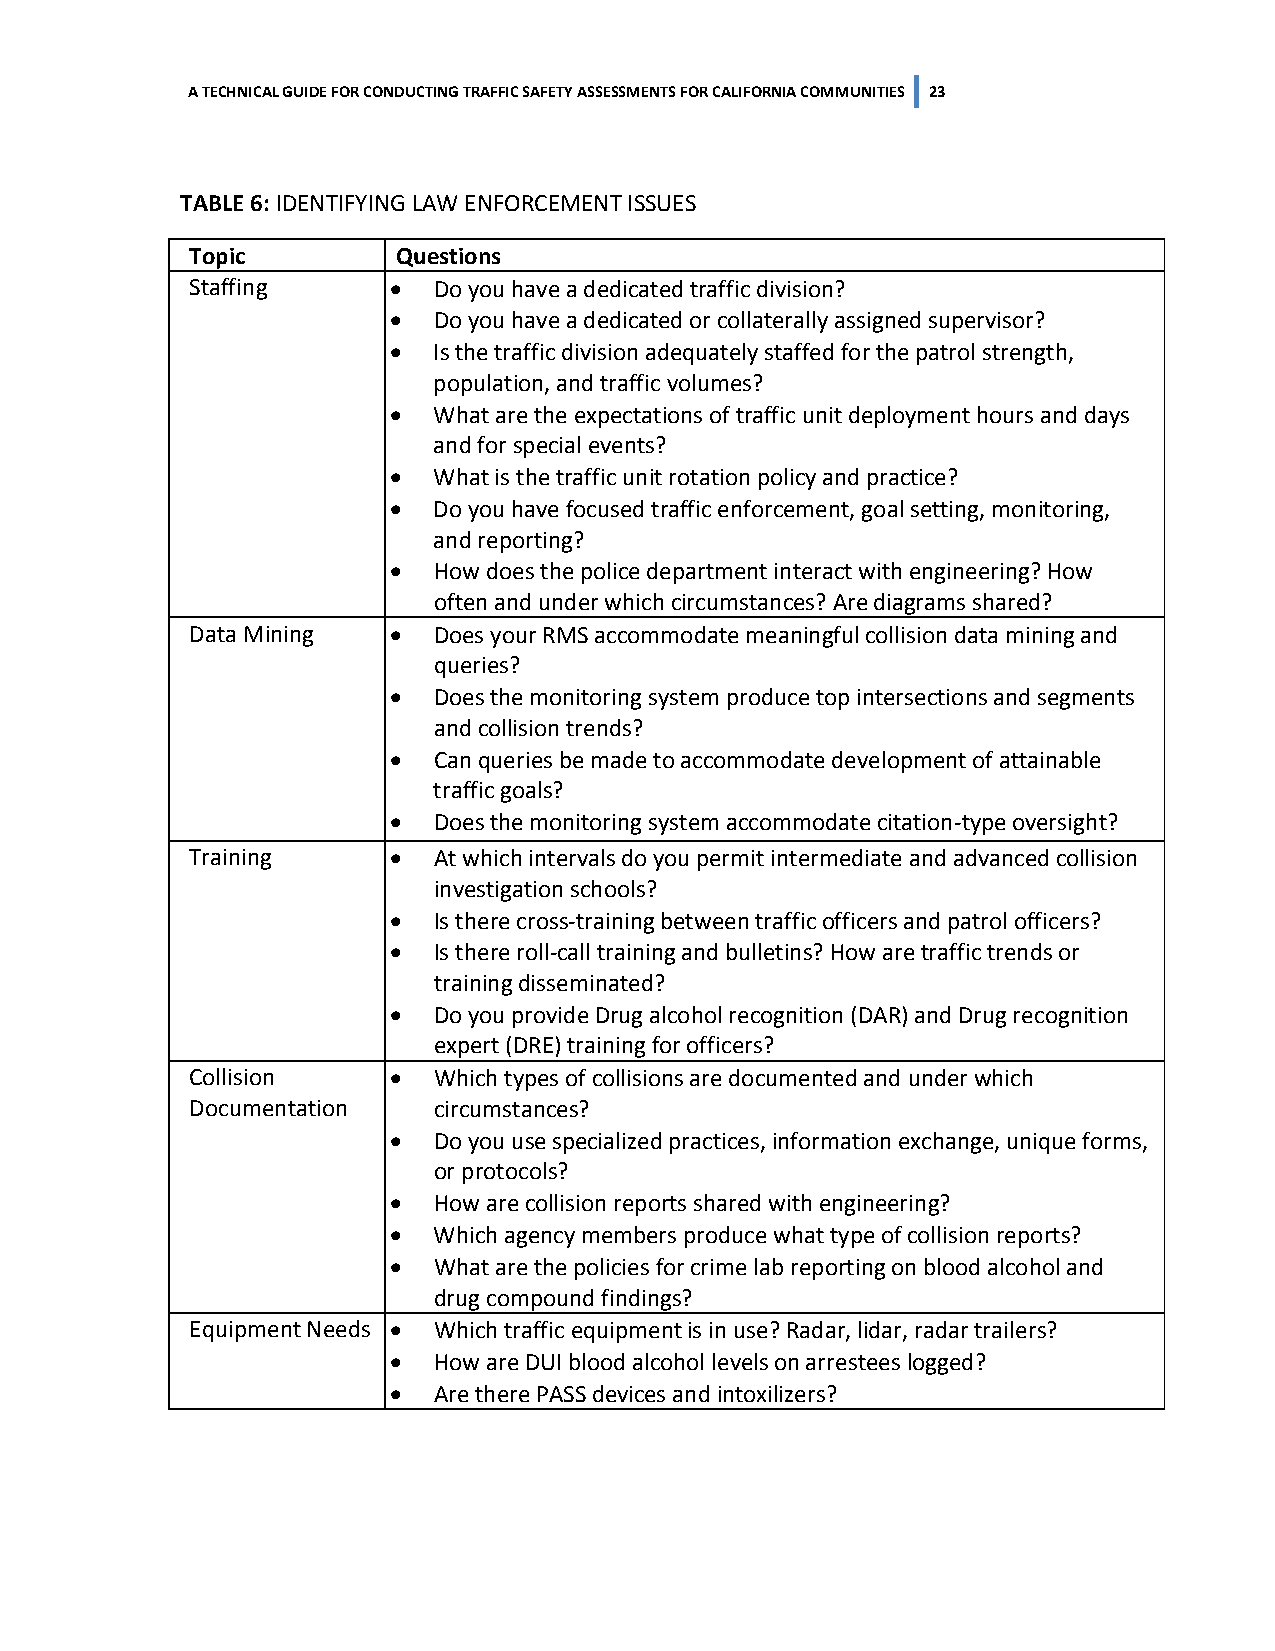
A TECHNICAL GUIDE FOR CONDUCTING TRAFFIC SAFETY ASSESSMENTS FOR CALIFORNIA COMMUNITIES 23
 TABLE 6: IDENTIFYING LAW ENFORCEMENT ISSUES
 Topic        Questions
 Staffing     •  Do you have a dedicated traffic division?
 •  Do you have a dedicated or collaterally assigned supervisor?
 •  Is the traffic division adequately staffed for the patrol strength,
 population, and traffic volumes?
 •  What are the expectations of traffic unit deployment hours and days
 and for special events?
 •  What is the traffic unit rotation policy and practice?
 •  Do you have focused traffic enforcement, goal setting, monitoring,
 and reporting?
 •  How does the police department interact with engineering? How
 often and under which circumstances? Are diagrams shared?
 Data Mining  •  Does your RMS accommodate meaningful collision data mining and
 queries?
 •  Does the monitoring system produce top intersections and segments
 and collision trends?
 •  Can queries be made to accommodate development of attainable
 traffic goals?
 •  Does the monitoring system accommodate citation-type oversight?
 Training     •  At which intervals do you permit intermediate and advanced collision
 investigation schools?
 •  Is there cross-training between traffic officers and patrol officers?
 •  Is there roll-call training and bulletins? How are traffic trends or
 training disseminated?
 •  Do you provide Drug alcohol recognition (DAR) and Drug recognition
 expert (DRE) training for officers?
 Collision    •  Which types of collisions are documented and under which
 Documentation   circumstances?
 •  Do you use specialized practices, information exchange, unique forms,
 or protocols?
 •  How are collision reports shared with engineering?
 •  Which agency members produce what type of collision reports?
 •  What are the policies for crime lab reporting on blood alcohol and
 drug compound findings?
 Equipment Needs • Which traffic equipment is in use? Radar, lidar, radar trailers?
 •  How are DUI blood alcohol levels on arrestees logged?
 •  Are there PASS devices and intoxilizers?